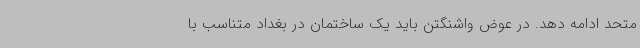
متحد ادامه دهد. در عوض واشنگتن باید یک ساختمان در بغداد متناسب با